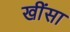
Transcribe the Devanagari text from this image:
खींसा